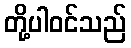
တို့ပါဝင်သည်